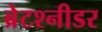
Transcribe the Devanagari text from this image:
ब्रेटश्नीडर